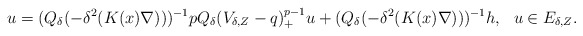
\begin{align*}u=(Q_{\delta}(-\delta^2(K(x)\nabla)))^{-1}pQ_\delta(V_{\delta,Z}-q)^{p-1}_+u+(Q_{\delta}(-\delta^2(K(x)\nabla)))^{-1}h,\ \ u\in E_{\delta,Z}.\end{align*}